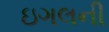
ઇગલની